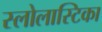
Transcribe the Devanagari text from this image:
स्लोलास्टिका